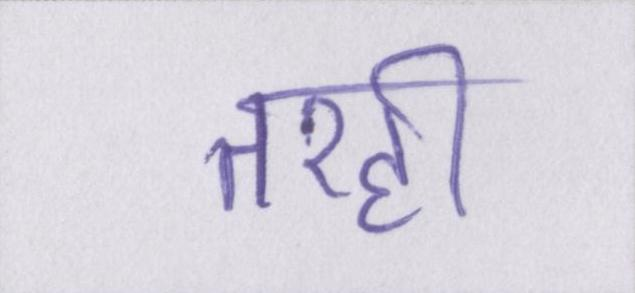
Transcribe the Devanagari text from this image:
तरही